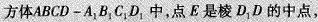
方体ABCD-A_{1}B_{1}C_{1}D_{1}，中，点E是棱D_{1}D的中点，